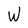
Character: W